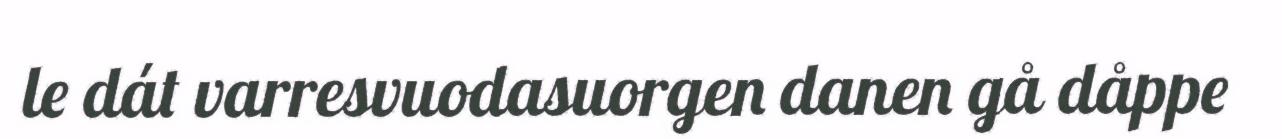
le dát varresvuodasuorgen danen gå dåppe